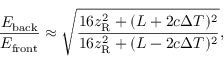
\frac { E _ { \mathrm { b a c k } } } { E _ { \mathrm { f r o n t } } } \approx \sqrt { \frac { 1 6 z _ { \mathrm { R } } ^ { 2 } + ( L + 2 c \Delta T ) ^ { 2 } } { 1 6 z _ { \mathrm { R } } ^ { 2 } + ( L - 2 c \Delta T ) ^ { 2 } } } ,